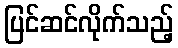
ပြင်ဆင်လိုက်သည့်